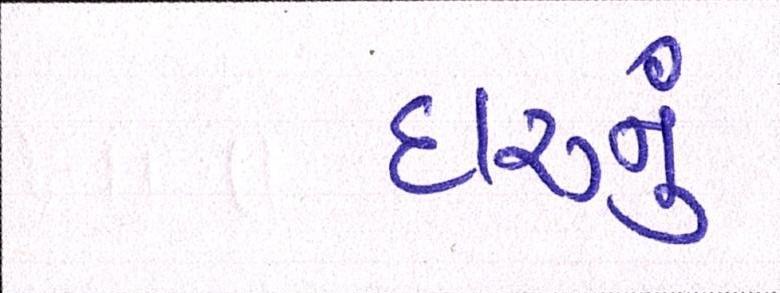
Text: દારૂનુ